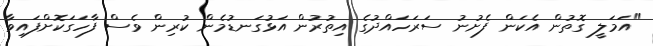
"އަމަލީ ގޮތުން އެކަން ފެށުނު ސަރަހައްދުގެ އިތުރުން އަޅުގަނޑުމެން ކުރިން ވެސް ފާހަގަކޮށްފައިވާ